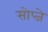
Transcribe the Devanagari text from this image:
सोप्जे